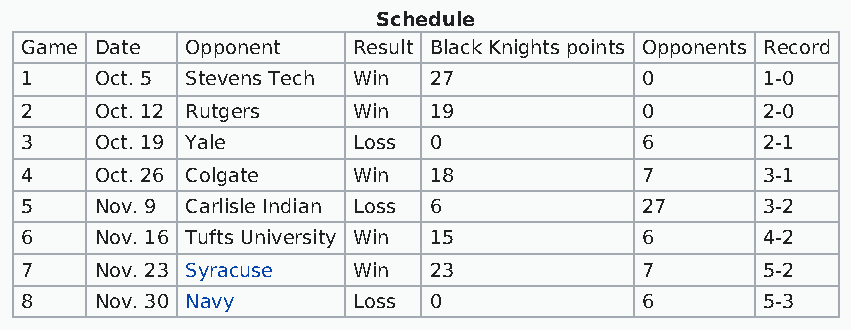
Schedule
 Game Date  Opponent   Result Black Knights points Opponents Record
 1    Oct. 5 Stevens Tech Win 27          0       1-0
 2    Oct. 12 Rutgers  Win  19            0       2-0
 3    Oct. 19 Yale     Loss 0             6       2-1
 4    Oct. 26 Colgate  Win  18            7       3-1
 5    Nov. 9 Carlisle Indian Loss 6       27      3-2
 6    Nov. 16 Tufts University Win 15     6       4-2
 7    Nov. 23 Syracuse Win  23            7       5-2
 8    Nov. 30 Navy     Loss 0             6       5-3